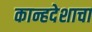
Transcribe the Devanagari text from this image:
कान्हदेशाचा